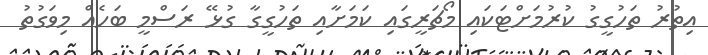
އިތުރު ތަހުގީގު ކުރުމަށްޓަކައި މޯޗަރީގައި ކަމަށާއި ތަހުގީގާ ގުޅޭ ރަސްމީ ބަހެއް މިވަގުތު